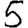
Digit: 5